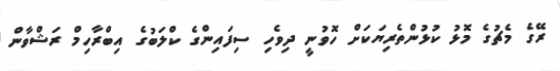
ރޭގެ މެޗުގެ މޮޅު ކުޅުންތެރިޔަކަށް ހޮވުނީ ދިވެހި ސިފައިންގެ ކްލަބުގެ އިބްރާހިމް ރަޝްވާން